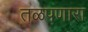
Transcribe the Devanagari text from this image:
तळपणारा